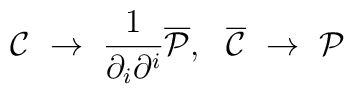
{\cal C} ~\to~ \frac{1}{\partial_{i}\partial^{i}}{\overline{\cal P}} ,~~    {\overline{\cal C}} ~\to~{\cal P}